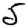
Digit: 5